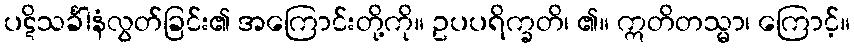
ပဋိသင်္ခါနံလွတ်ခြင်း၏ အကြောင်းတို့ကို။ ဥပပရိက္ခတိ၊ ၏။ ဣတိတသ္မာ၊ ကြောင့်။